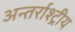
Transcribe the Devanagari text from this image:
अन्तर्राश्ट्रीय